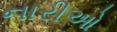
નારીઓ